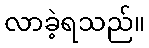
လာခဲ့ရသည်။